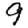
Digit: 9